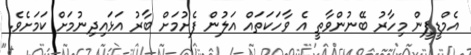
އެމްޑީޕީން މިހާރު ބޭނުންވާތީ އެ ވާހަކަތައް އަލުން ފެށުމަށް ބާރު އަޅައިދިނުމަށް ކަމަށެވެ.